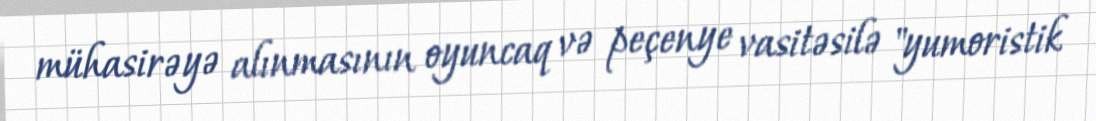
mühasirəyə alınmasının oyuncaq və peçenye vasitəsilə "yumoristik